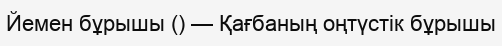
Йемен бұрышы () — Қағбаның оңтүстік бұрышы